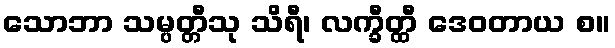
သောဘာ သမ္ပတ္တီသု သိရီ၊ လက္ခီတ္ထီ ဒေဝတာယ စ။